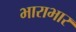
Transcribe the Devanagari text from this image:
भाराभार